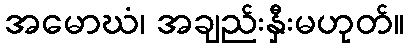
အမောဃံ၊ အချည်းနှီးမဟုတ်။